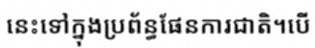
នេះទៅក្នុងប្រព័ន្ធផែនការជាតិ។បើ